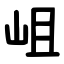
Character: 岨